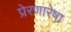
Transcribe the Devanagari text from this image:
प्रेरणारेषा